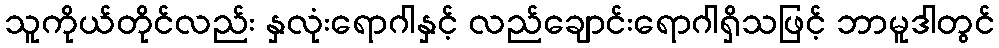
သူကိုယ်တိုင်လည်း နှလုံးရောဂါနှင့် လည်ချောင်းရောဂါရှိသဖြင့် ဘာမူဒါတွင်